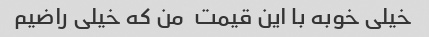
خیلی خوبه با این قیمت  من که خیلی راضیم